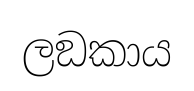
ලඞකාය